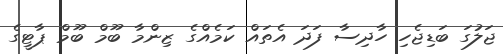
ޖަލުގަ ބަޑިޖެހި ހާދިސާ ފަދަ އެތައް ކަމެއްގެ ޒިންމާ ބޫމް ބޫމް ޕާޓީގެ